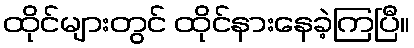
ထိုင်များတွင် ထိုင်နားနေခဲ့ကြပြီ။